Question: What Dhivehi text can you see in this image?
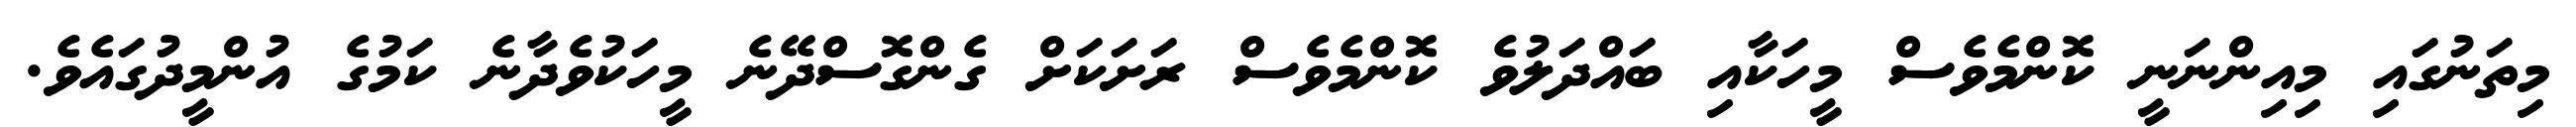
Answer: މިތަނުގައި މިއިންނަނީ ކޮންމެވެސް މީހަކާއި ބައްދަލުވެ ކޮންމެވެސް ރަށަކަށް ގެންގޮސްދޭނެ މީހަކުވެދާނެ ކަމުގެ އުންމީދުގައެވެ.